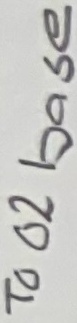
Text: To O2 base